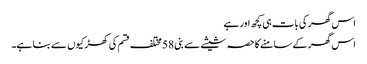
اس گھر کی بات ہی کچھ اور ہے
اس گھر کے سامنے کا حصہ شیشے سے بنی 58 مختلف قسم کی کھڑکیوں سے بنا ہے۔